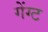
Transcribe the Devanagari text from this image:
गेंग्ट